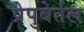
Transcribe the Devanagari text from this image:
प्रेपुबेर्तल